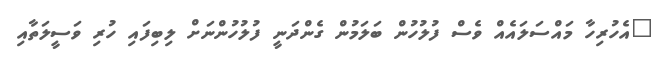
"އެހުރިހާ މައްސަލައެއް ވެސް ފުލުހުން ބަލަމުން ގެންދަނީ ފުލުހުންނަށް ލިބިފައި ހުރި ވަސީލަތާއި